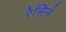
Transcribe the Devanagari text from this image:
रेसिने